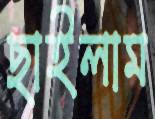
ছাইলাম